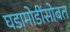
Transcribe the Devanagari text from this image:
घडामोडींसोबत